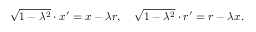
{ \sqrt { 1 - \lambda ^ { 2 } } } \cdot x ^ { \prime } = x - \lambda r , \quad { \sqrt { 1 - \lambda ^ { 2 } } } \cdot r ^ { \prime } = r - \lambda x .